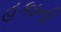
હકાની